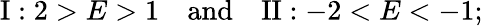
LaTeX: \mathrm{I}:2>E>1\quad\mathrm{and}\quad\mathrm{II}:-2<E<-1;